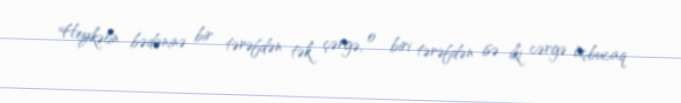
Heykəlin bədəninə bir tərəfdən tək çərgə, o biri tərəfdən isə iki cərgə üçbucaq